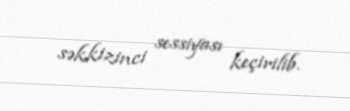
səkkizinci sessiyası keçirilib.